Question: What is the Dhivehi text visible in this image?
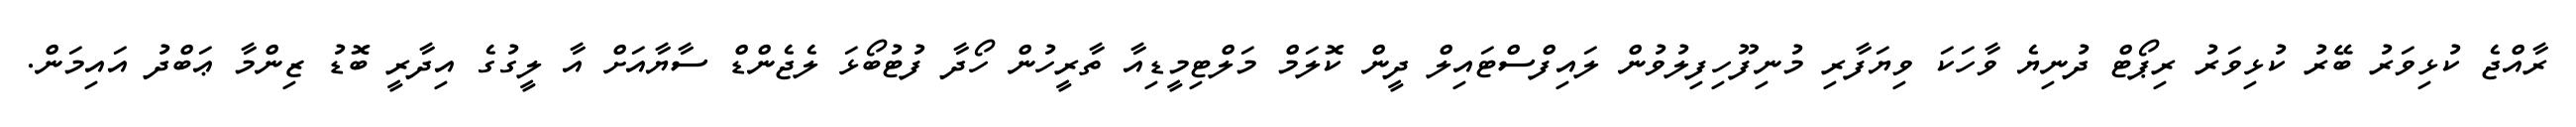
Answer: ރާއްޖެ ކުޅިވަރު ބޭރު ކުޅިވަރު ރިޕޯޓް ދުނިޔެ ވާހަކަ ވިޔަފާރި މުނިފޫހިފިލުވުން ލައިފްސްޓައިލް ދީން ކޮލަމް މަލްޓިމީޑިއާ ތާރީހުން ހޯދާ ފުޓުބޯޅަ ލެޖެންޑް ސާޔާއަށް އާ ލީގުގެ އިދާރީ ބޮޑު ޒިންމާ ޢަބްދު އައިމަން.